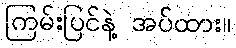
ကြမ်းပြင်နဲ့ အပ်ထား။